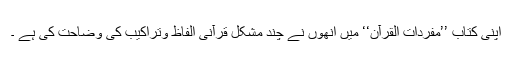
اپنی کتاب ’’مفردات القرآن‘‘ میں انھوں نے چند مشکل قرآنی الفاظ وتراکیب کی وضاحت کی ہے ۔